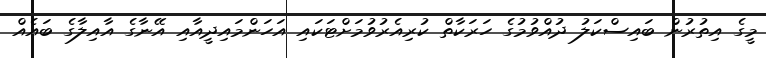
މީގެ އިތުރުން ބައިސްކަލު ދުއްވުމުގެ ހަރަކާތް ކުރިއެރުވުމަށްޓަކައި އަހަންމައިދީއާއި އޭނާގެ އާއިލާގެ ބައެއް